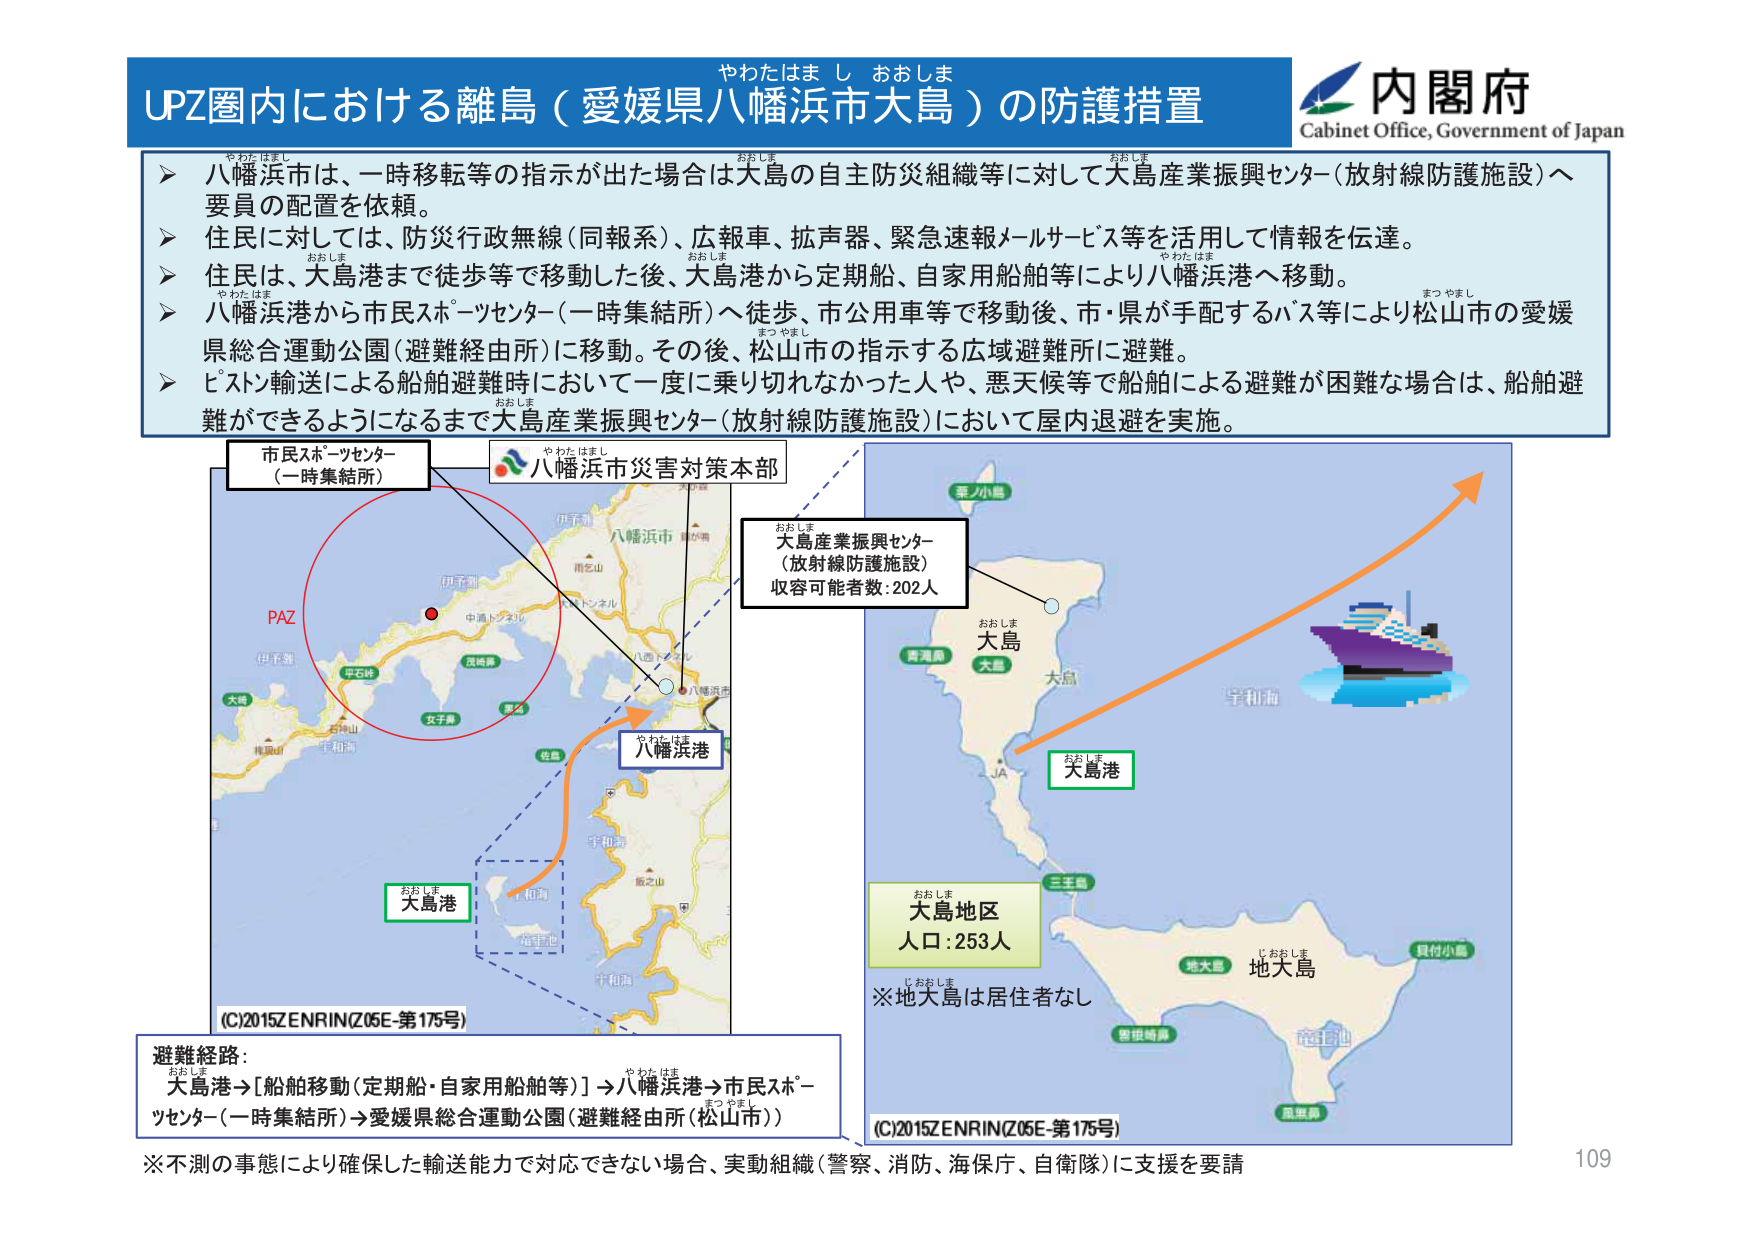
やわたはま し おおしま
UPZ圏内における離島（愛媛県八幡浜市大島）の防護措置
内閣府
Cabinet Office, Government of Japan

➤ 八幡浜市は、一時移転等の指示が出た場合は大島の自主防災組織等に対して大島産業振興センター（放射線防護施設）へ要員の配置を依頼。
➤ 住民に対しては、防災行政無線（同報系）、広報車、拡声器、緊急速報メールサービス等を活用して情報を伝達。
➤ 住民は、大島港まで徒歩等で移動した後、大島港から定期船、自家用船舶等により八幡浜港へ移動。
➤ 八幡浜港から市民スポーツセンター（一時集結所）へ徒歩、市公用車等で移動後、市・県が手配するバス等により松山市の愛媛県総合運動公園（避難経由所）に移動。その後、松山市の指示する広域避難所に避難。
➤ ピストン輸送による船舶避難時において一度に乗り切れなかった人や、悪天候等で船舶による避難が困難な場合は、船舶避難ができるようになるまで大島産業振興センター（放射線防護施設）において屋内退避を実施。

市民スポーツセンター
（一時集結所）
八幡浜市災害対策本部
大島産業振興センター
（放射線防護施設）
収容可能者数：202人
大島港
八幡浜港
PAZ
大島
大島地区
人口：253人
※地大島は居住者なし
地大島
(C)2015ZENRIN(Z05E-第175号)
(C)2015ZENRIN(Z05E-第175号)
避難経路：
大島港→[船舶移動（定期船・自家用船舶等）]→八幡浜港→市民スポーツセンター（一時集結所）→愛媛県総合運動公園（避難経由所（松山市））
※不測の事態により確保した輸送能力で対応できない場合、実動組織（警察、消防、海保庁、自衛隊）に支援を要請
109